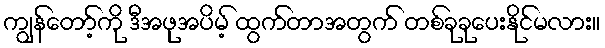
ကျွန်တော့်ကို ဒီအဖုအပိမ့် ထွက်တာအတွက် တစ်ခုခုပေးနိုင်မလား။